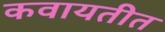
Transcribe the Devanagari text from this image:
कवायतीत